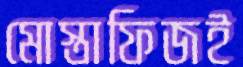
মোস্তাফিজই